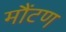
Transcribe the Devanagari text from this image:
मौंटण